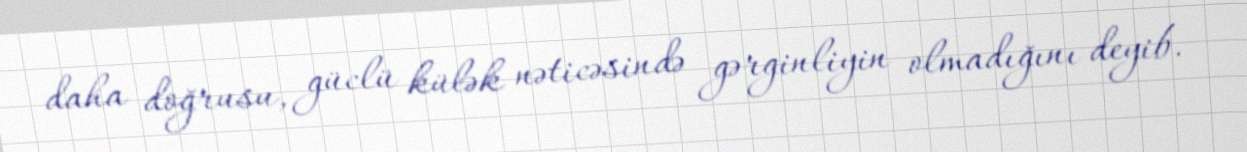
daha doğrusu, güclü külək nəticəsində gərginliyin olmadığını deyib.